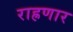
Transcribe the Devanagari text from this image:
राह्रणार